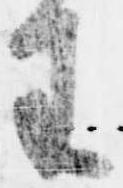
王